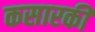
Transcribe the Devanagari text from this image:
कसारकी